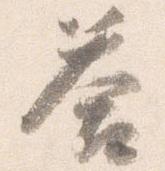
答